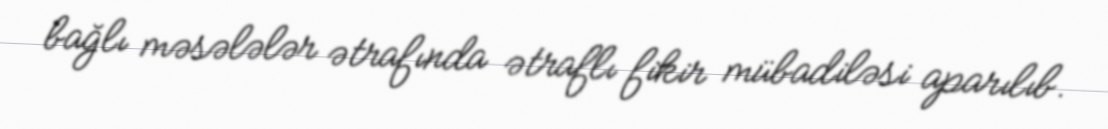
bağlı məsələlər ətrafında ətraflı fikir mübadiləsi aparılıb.